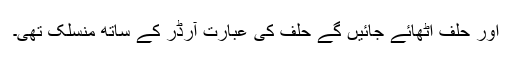
اور حلف اٹھائے جائیں گے حلف کی عبارت آرڈر کے ساتھ منسلک تھی۔